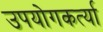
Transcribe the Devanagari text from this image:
उपयोगकर्त्या